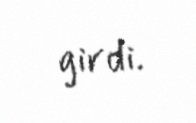
girdi.